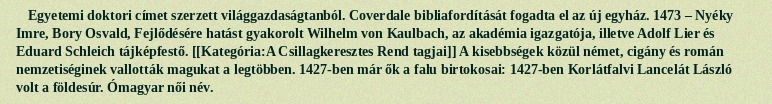
Egyetemi doktori címet szerzett világgazdaságtanból. Coverdale bibliafordítását fogadta el az új egyház. 1473 – Nyéky Imre, Bory Osvald, Fejlődésére hatást gyakorolt Wilhelm von Kaulbach, az akadémia igazgatója, illetve Adolf Lier és Eduard Schleich tájképfestő. [[Kategória:A Csillagkeresztes Rend tagjai]] A kisebbségek közül német, cigány és román nemzetiséginek vallották magukat a legtöbben. 1427-ben már ők a falu birtokosai: 1427-ben Korlátfalvi Lancelát László volt a földesúr. Ómagyar női név.